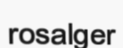
rosalger